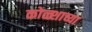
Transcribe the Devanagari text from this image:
कोळ्शाच्या